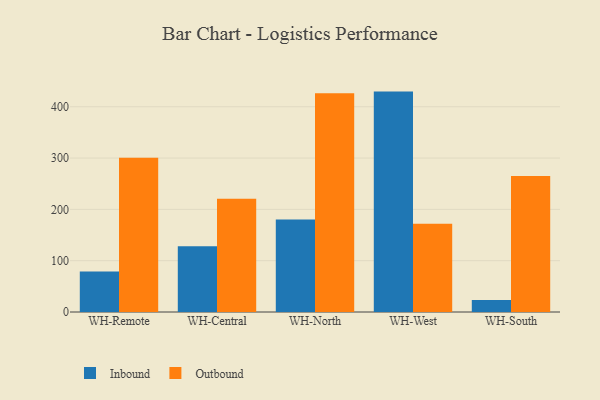
{"axis": {"x": "Warehouse", "y": "Conversion Rate (%)"}, "legend": ["Inbound", "Outbound"], "data": [{"x": "WH-Remote", "y": 79.1, "type": "Inbound"}, {"x": "WH-Remote", "y": 300.7, "type": "Outbound"}, {"x": "WH-Central", "y": 128.1, "type": "Inbound"}, {"x": "WH-Central", "y": 220.8, "type": "Outbound"}, {"x": "WH-North", "y": 180.2, "type": "Inbound"}, {"x": "WH-North", "y": 426.3, "type": "Outbound"}, {"x": "WH-West", "y": 429.5, "type": "Inbound"}, {"x": "WH-West", "y": 171.9, "type": "Outbound"}, {"x": "WH-South", "y": 23.4, "type": "Inbound"}, {"x": "WH-South", "y": 265.2, "type": "Outbound"}]}